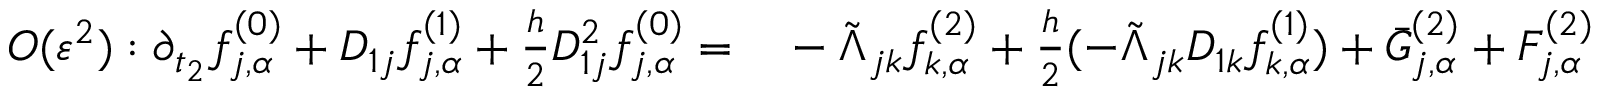
\begin{array} { r l } { O ( \varepsilon ^ { 2 } ) : \partial _ { t _ { 2 } } f _ { j , \alpha } ^ { ( 0 ) } + D _ { 1 j } f _ { j , \alpha } ^ { ( 1 ) } + \frac { h } { 2 } D _ { 1 j } ^ { 2 } f _ { j , \alpha } ^ { ( 0 ) } = } & { { } - \tilde { \Lambda } _ { j k } f _ { k , \alpha } ^ { ( 2 ) } + \frac { h } { 2 } ( - \tilde { \Lambda } _ { j k } D _ { 1 k } f _ { k , \alpha } ^ { ( 1 ) } ) + \bar { G } _ { j , \alpha } ^ { ( 2 ) } + F _ { j , \alpha } ^ { ( 2 ) } } \end{array}